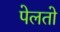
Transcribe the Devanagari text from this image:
पेलतो